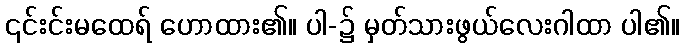
၎င်းင်းမထေရ် ဟောထား၏။ ပါ-၌ မှတ်သားဖွယ်လေးဂါထာ ပါ၏။